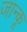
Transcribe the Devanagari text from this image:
जान्कू